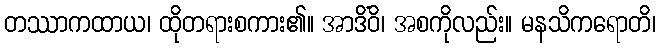
တဿာကထာယ၊ ထိုတရားစကား၏။ အာဒိံဝိ၊ အစကိုလည်း။ မနသိကရောတိ၊